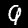
Digit: 9